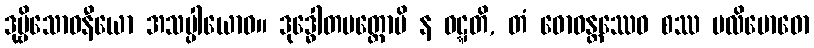
ဒုဗ္ဗိသောဓနီယော အသပ္ပါယောဝ။ ဒုဒ္ဓေါတပတ္တောပိ န ဝဋ္ဋတိ, တံ ဓောဝန္တဿေဝ စဿ ပလိဗောဓော